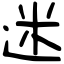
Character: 迷